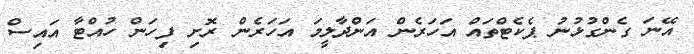
އޭނަ ގެންގުޅުނު ޕެކެޓްތައް އަހަރެން އަންދާލީމަ އަހަރެން ރޮށި ފިހަން ހުއްޓާ އައިސް